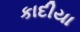
કાદીયા